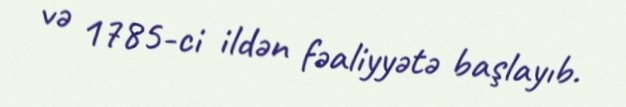
və 1785-ci ildən fəaliyyətə başlayıb.